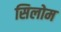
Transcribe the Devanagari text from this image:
सिलोम